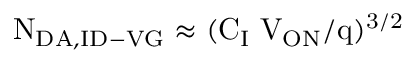
\mathrm { N _ { D A , I D - V G } \approx ( C _ { I } \Delta V _ { O N } / q ) ^ { 3 / 2 } }